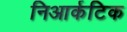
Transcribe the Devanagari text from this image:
निआर्कटिक